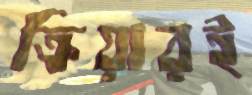
ক্রিয়ারই